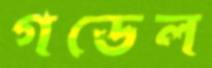
গডেল